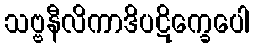
သဗ္ဗနီလိကာဒိပဋိက္ခေပေါ